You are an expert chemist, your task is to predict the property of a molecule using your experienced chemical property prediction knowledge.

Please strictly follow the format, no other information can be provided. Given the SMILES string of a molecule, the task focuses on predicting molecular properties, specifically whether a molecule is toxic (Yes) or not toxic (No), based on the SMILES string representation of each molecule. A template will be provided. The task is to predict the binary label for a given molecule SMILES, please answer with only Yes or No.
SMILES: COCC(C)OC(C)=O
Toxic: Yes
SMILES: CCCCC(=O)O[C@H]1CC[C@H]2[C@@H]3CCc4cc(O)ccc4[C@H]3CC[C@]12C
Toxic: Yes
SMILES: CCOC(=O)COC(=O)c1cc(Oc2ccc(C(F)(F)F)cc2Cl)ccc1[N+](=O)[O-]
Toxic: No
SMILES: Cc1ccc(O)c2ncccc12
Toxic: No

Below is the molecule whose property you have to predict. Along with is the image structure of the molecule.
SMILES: CCCN(CC)C(CC)C(=O)Nc1c(C)cccc1C
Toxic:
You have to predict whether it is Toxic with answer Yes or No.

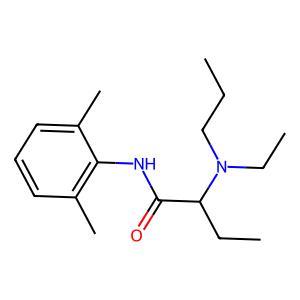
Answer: No